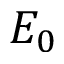
E _ { 0 }